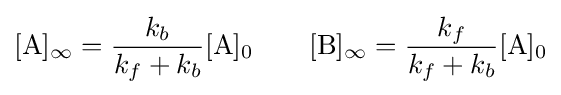
[{\mathrm {A} }]_{\infty }={\frac {k_{b}}{k_{f}+k_{b}}}[{\mathrm {A} }]_{0}\qquad [{\mathrm {B} }]_{\infty }={\frac {k_{f}}{k_{f}+k_{b}}}[{\mathrm {A} }]_{0}